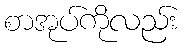
စာအုပ်ကိုလည်း